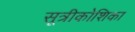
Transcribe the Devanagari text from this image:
सूत्रीकोशिका